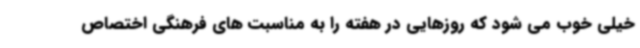
خیلی خوب می شود که روزهایی در هفته را به مناسبت های فرهنگی اختصاص